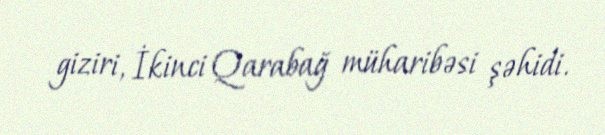
giziri, İkinci Qarabağ müharibəsi şəhidi.